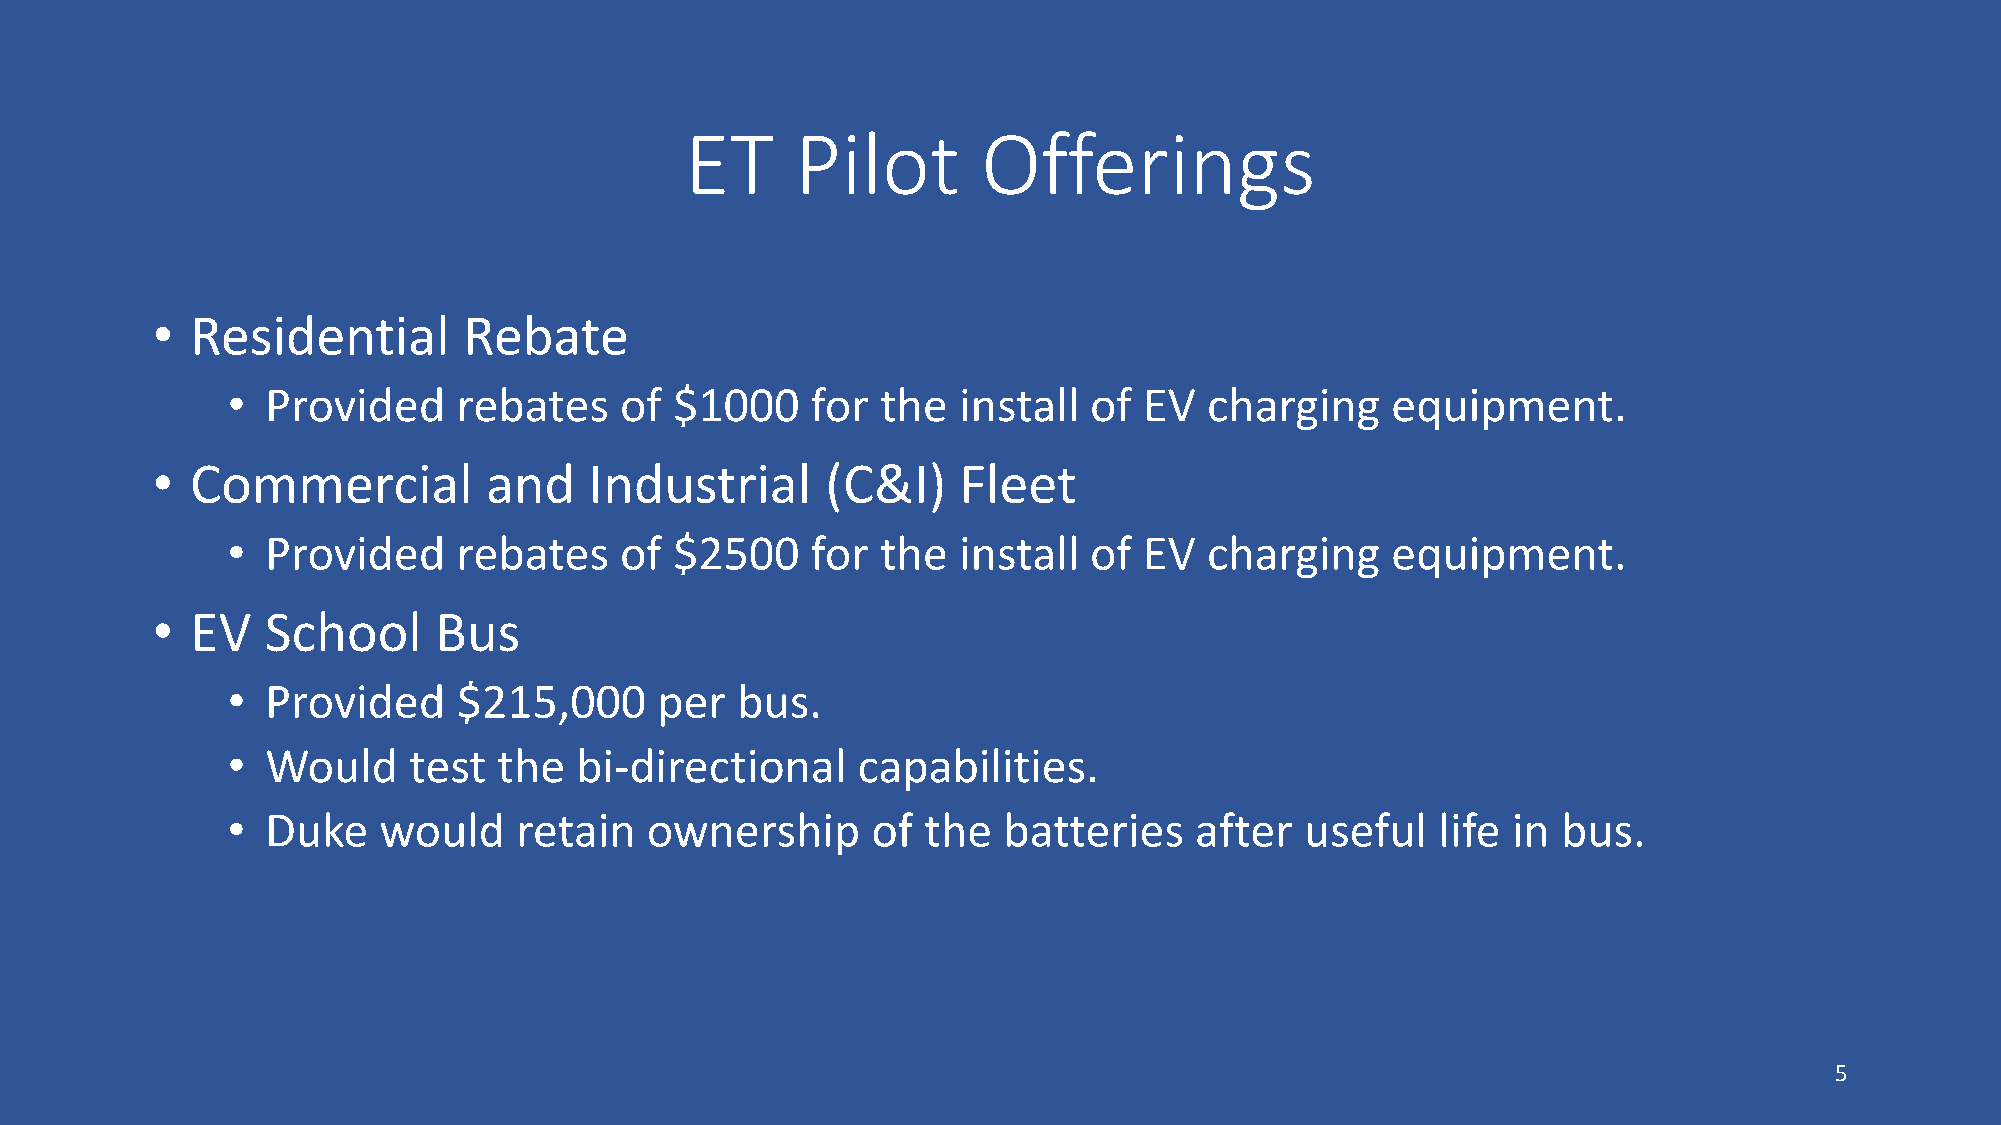
ET      Pilot       Offerings
 •  Residential       Rebate
 •  Provided    rebates    of  $1000    for the  install  of  EV  charging    equipment.
 •  Commercial         and    Industrial      (C&I)   Fleet
 •  Provided    rebates    of  $2500    for the  install  of  EV  charging    equipment.
 •  EV   School     Bus
 •  Provided    $215,000     per   bus.
 •  Would    test  the  bi-directional     capabilities.
 •  Duke   would    retain   ownership      of the  batteries    after  useful   life in bus.
 5